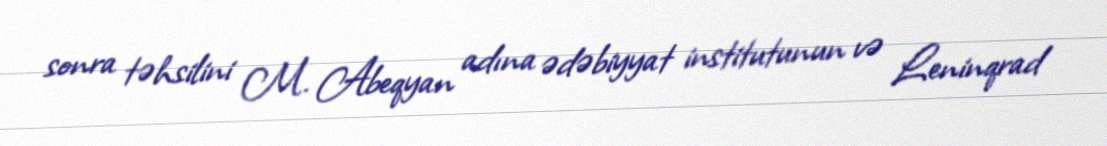
sonra təhsilini M. Abeqyan adına ədəbiyyat institutunun və Leninqrad